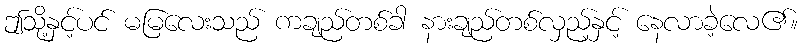
ဤသို့နှင့်ပင် မမြလေးသည် ကချည်တစ်ခါ နားချည်တစ်လှည့်နှင့် နေလာခဲ့လေ၏။